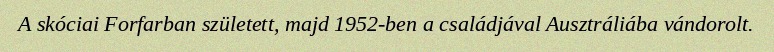
A skóciai Forfarban született, majd 1952-ben a családjával Ausztráliába vándorolt.